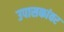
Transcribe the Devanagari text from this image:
उपासकांवर